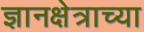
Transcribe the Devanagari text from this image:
ज्ञानक्षेत्राच्या